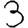
Digit: 3